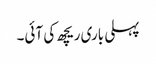
پہلی باری ریچھ کی آئی۔